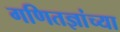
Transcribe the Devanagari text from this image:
गणितज्ञांच्या